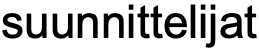
suunnittelijat